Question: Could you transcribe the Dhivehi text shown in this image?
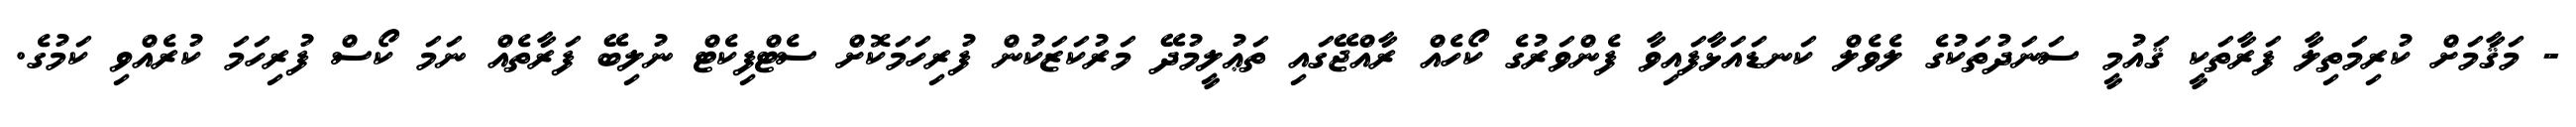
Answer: - މަޤާމަށް ކުރިމަތިލާ ފަރާތަކީ ޤައުމީ ސަނަދުތަކުގެ ލެވެލް ކަނޑައަޅާފައިވާ ފެންވަރުގެ ކޯހެއް ރާއްޖޭގައި ތަޢުލީމުދޭ މަރުކަޒަކުން ފުރިހަމަކޮށް ސެޓްފިކެޓް ނުލިބޭ ފަރާތެއް ނަމަ ކޯސް ފުރިހަމަ ކުރެއްވި ކަމުގެ.